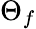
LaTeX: \Theta_{f}